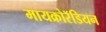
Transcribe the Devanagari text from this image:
मायक्रोरॅडियन